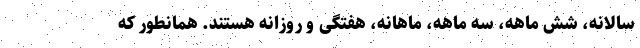
سالانه، شش ماهه، سه ماهه،‌ ماهانه، هفتگی و روزانه هستند. همانطور که